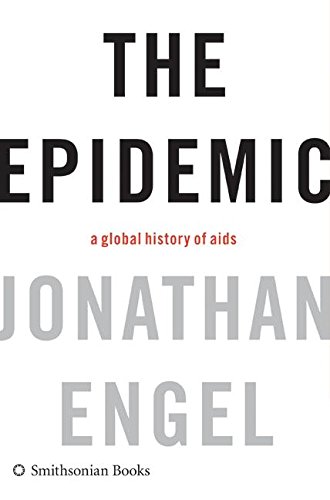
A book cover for The Epidemic: A Global History of AIDS; Jonathan Engel; Health, Fitness & Dieting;